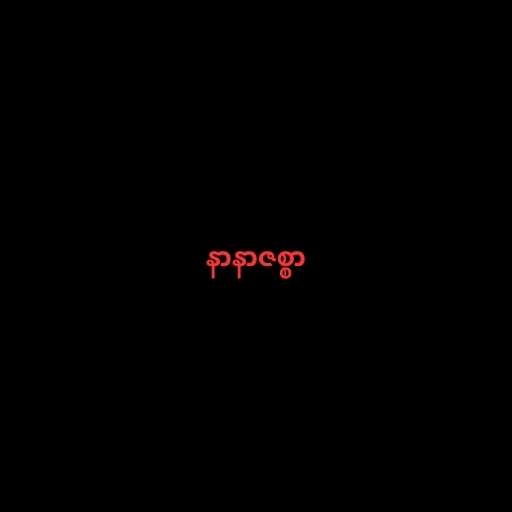
နာနာဇစ္စာ